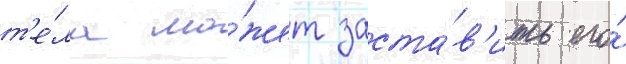
т'е́ла мо́жет заста́в'ить его́